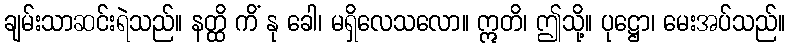
ချမ်းသာဆင်းရဲသည်။ နတ္ထိ ကိံ နု ခေါ၊ မရှိလေသလော။ ဣတိ၊ ဤသို့။ ပုဋ္ဌော၊ မေးအပ်သည်။